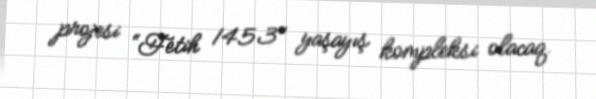
projesi “Fetih 1453" yaşayış kompleksi olacaq.